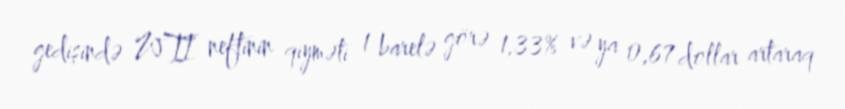
gedişində WTI neftinin qiyməti 1 barelə görə 1,33% və ya 0,67 dollar artaraq